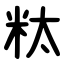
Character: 粏